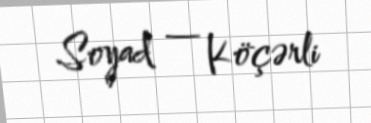
Soyad — Köçərli